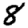
Digit: 8